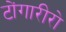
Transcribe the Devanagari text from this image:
टोंगारीरो